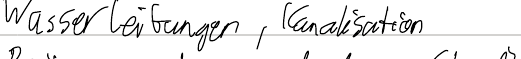
Wasserleitungen, Kanalisation